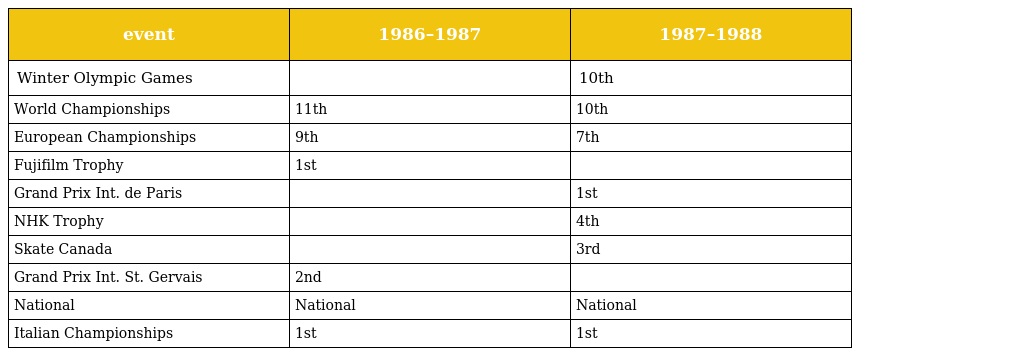
| event | 1986–1987 | 1987–1988 |
 | --- | --- | --- |
 | Winter Olympic Games |  | 10th |
 | World Championships | 11th | 10th |
 | European Championships | 9th | 7th |
 | Fujifilm Trophy | 1st |  |
 | Grand Prix Int. de Paris |  | 1st |
 | NHK Trophy |  | 4th |
 | Skate Canada |  | 3rd |
 | Grand Prix Int. St. Gervais | 2nd |  |
 | National | National | National |
 | Italian Championships | 1st | 1st |